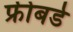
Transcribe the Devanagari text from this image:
फ्रीबर्ड